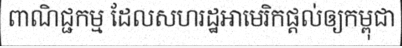
ពាណិជ្ជកម្ម ដែលសហរដ្ឋអាមេរិកផ្តល់ឲ្យកម្ពុជា